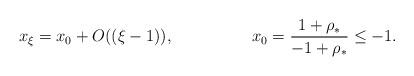
LaTeX: \begin{align*}x_\xi= x_0+ O((\xi-1)),&&x_0=\frac{1+\rho_\ast}{-1+\rho_\ast}\leq -1.\end{align*}